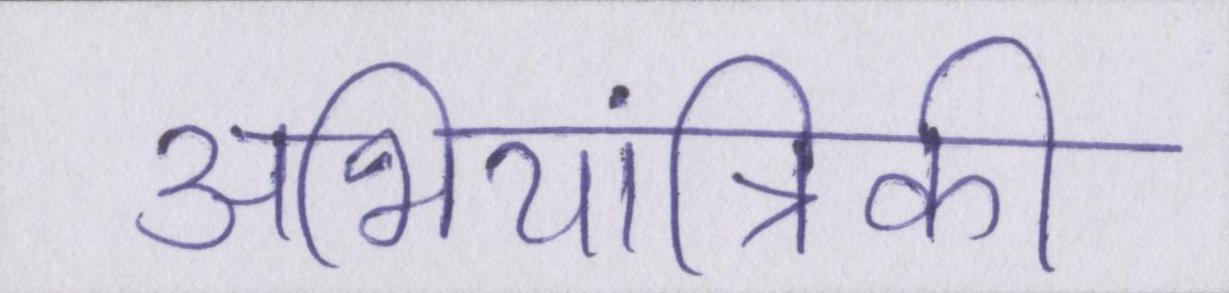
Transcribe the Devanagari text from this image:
अभियांत्रिकी